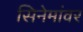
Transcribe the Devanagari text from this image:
सिनेमांवर